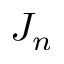
J _ { n }